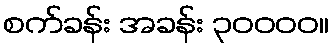
စက်ခန်း အခန်း ၃၀၀၀၀။